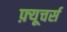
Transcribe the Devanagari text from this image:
फ़्यूचर्स